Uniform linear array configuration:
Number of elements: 64
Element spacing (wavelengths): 0.25
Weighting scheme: blackman
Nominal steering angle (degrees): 15
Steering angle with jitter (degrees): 15.215
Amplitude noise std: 0.05
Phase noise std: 0.05

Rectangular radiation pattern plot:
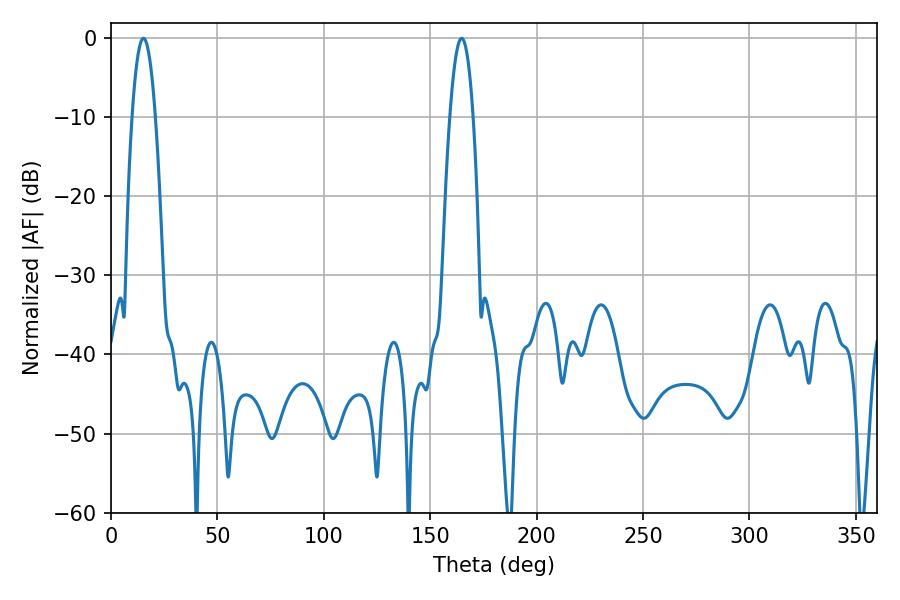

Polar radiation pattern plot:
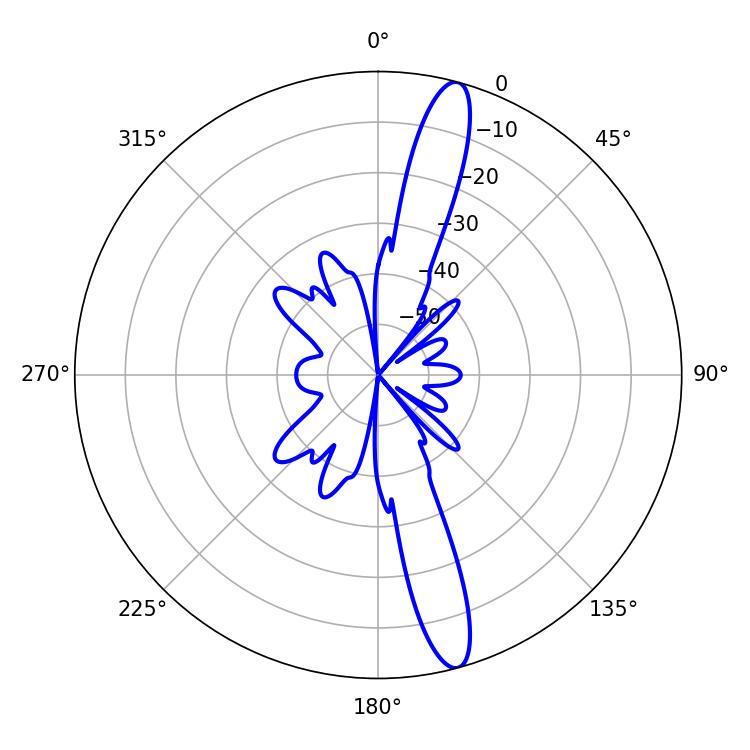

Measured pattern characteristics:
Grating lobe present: FALSE
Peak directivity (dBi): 15.246
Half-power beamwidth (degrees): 6.12
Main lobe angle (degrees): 15.3